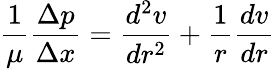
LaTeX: {\frac{1}{\mu}}{\frac{\Delta p}{\Delta x}}={\frac{d^{2}v}{dr^{2}}}+{\frac{1}{r}}{\frac{dv}{dr}}